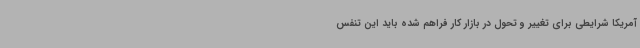
آمریکا شرایطی برای تغییر و تحول در بازار کار فراهم شده باید این تنفس